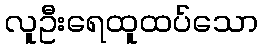
လူဦးရေထူထပ်သော